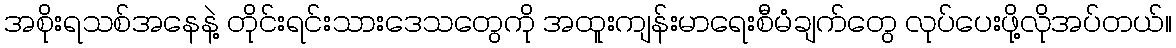
အစိုးရသစ်အနေနဲ့ တိုင်းရင်းသားဒေသတွေကို အထူးကျန်းမာရေးစီမံချက်တွေ လုပ်ပေးဖို့လိုအပ်တယ်။